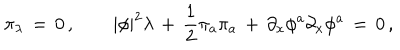
\pi _ { \lambda } \, = \, 0 \, , \qquad | \phi | ^ { 2 } \lambda \, + \, { \frac { 1 } { 2 } } \pi _ { a } \pi _ { a } \, + \, \partial _ { x } \phi ^ { a } \partial _ { x } \phi ^ { a } \, = \, 0 \, ,